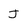
Character: J